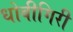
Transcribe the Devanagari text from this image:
धोबीगिरी